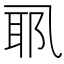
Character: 𱎉